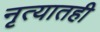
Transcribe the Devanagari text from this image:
नृत्यातही